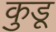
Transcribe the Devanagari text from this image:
कुडू